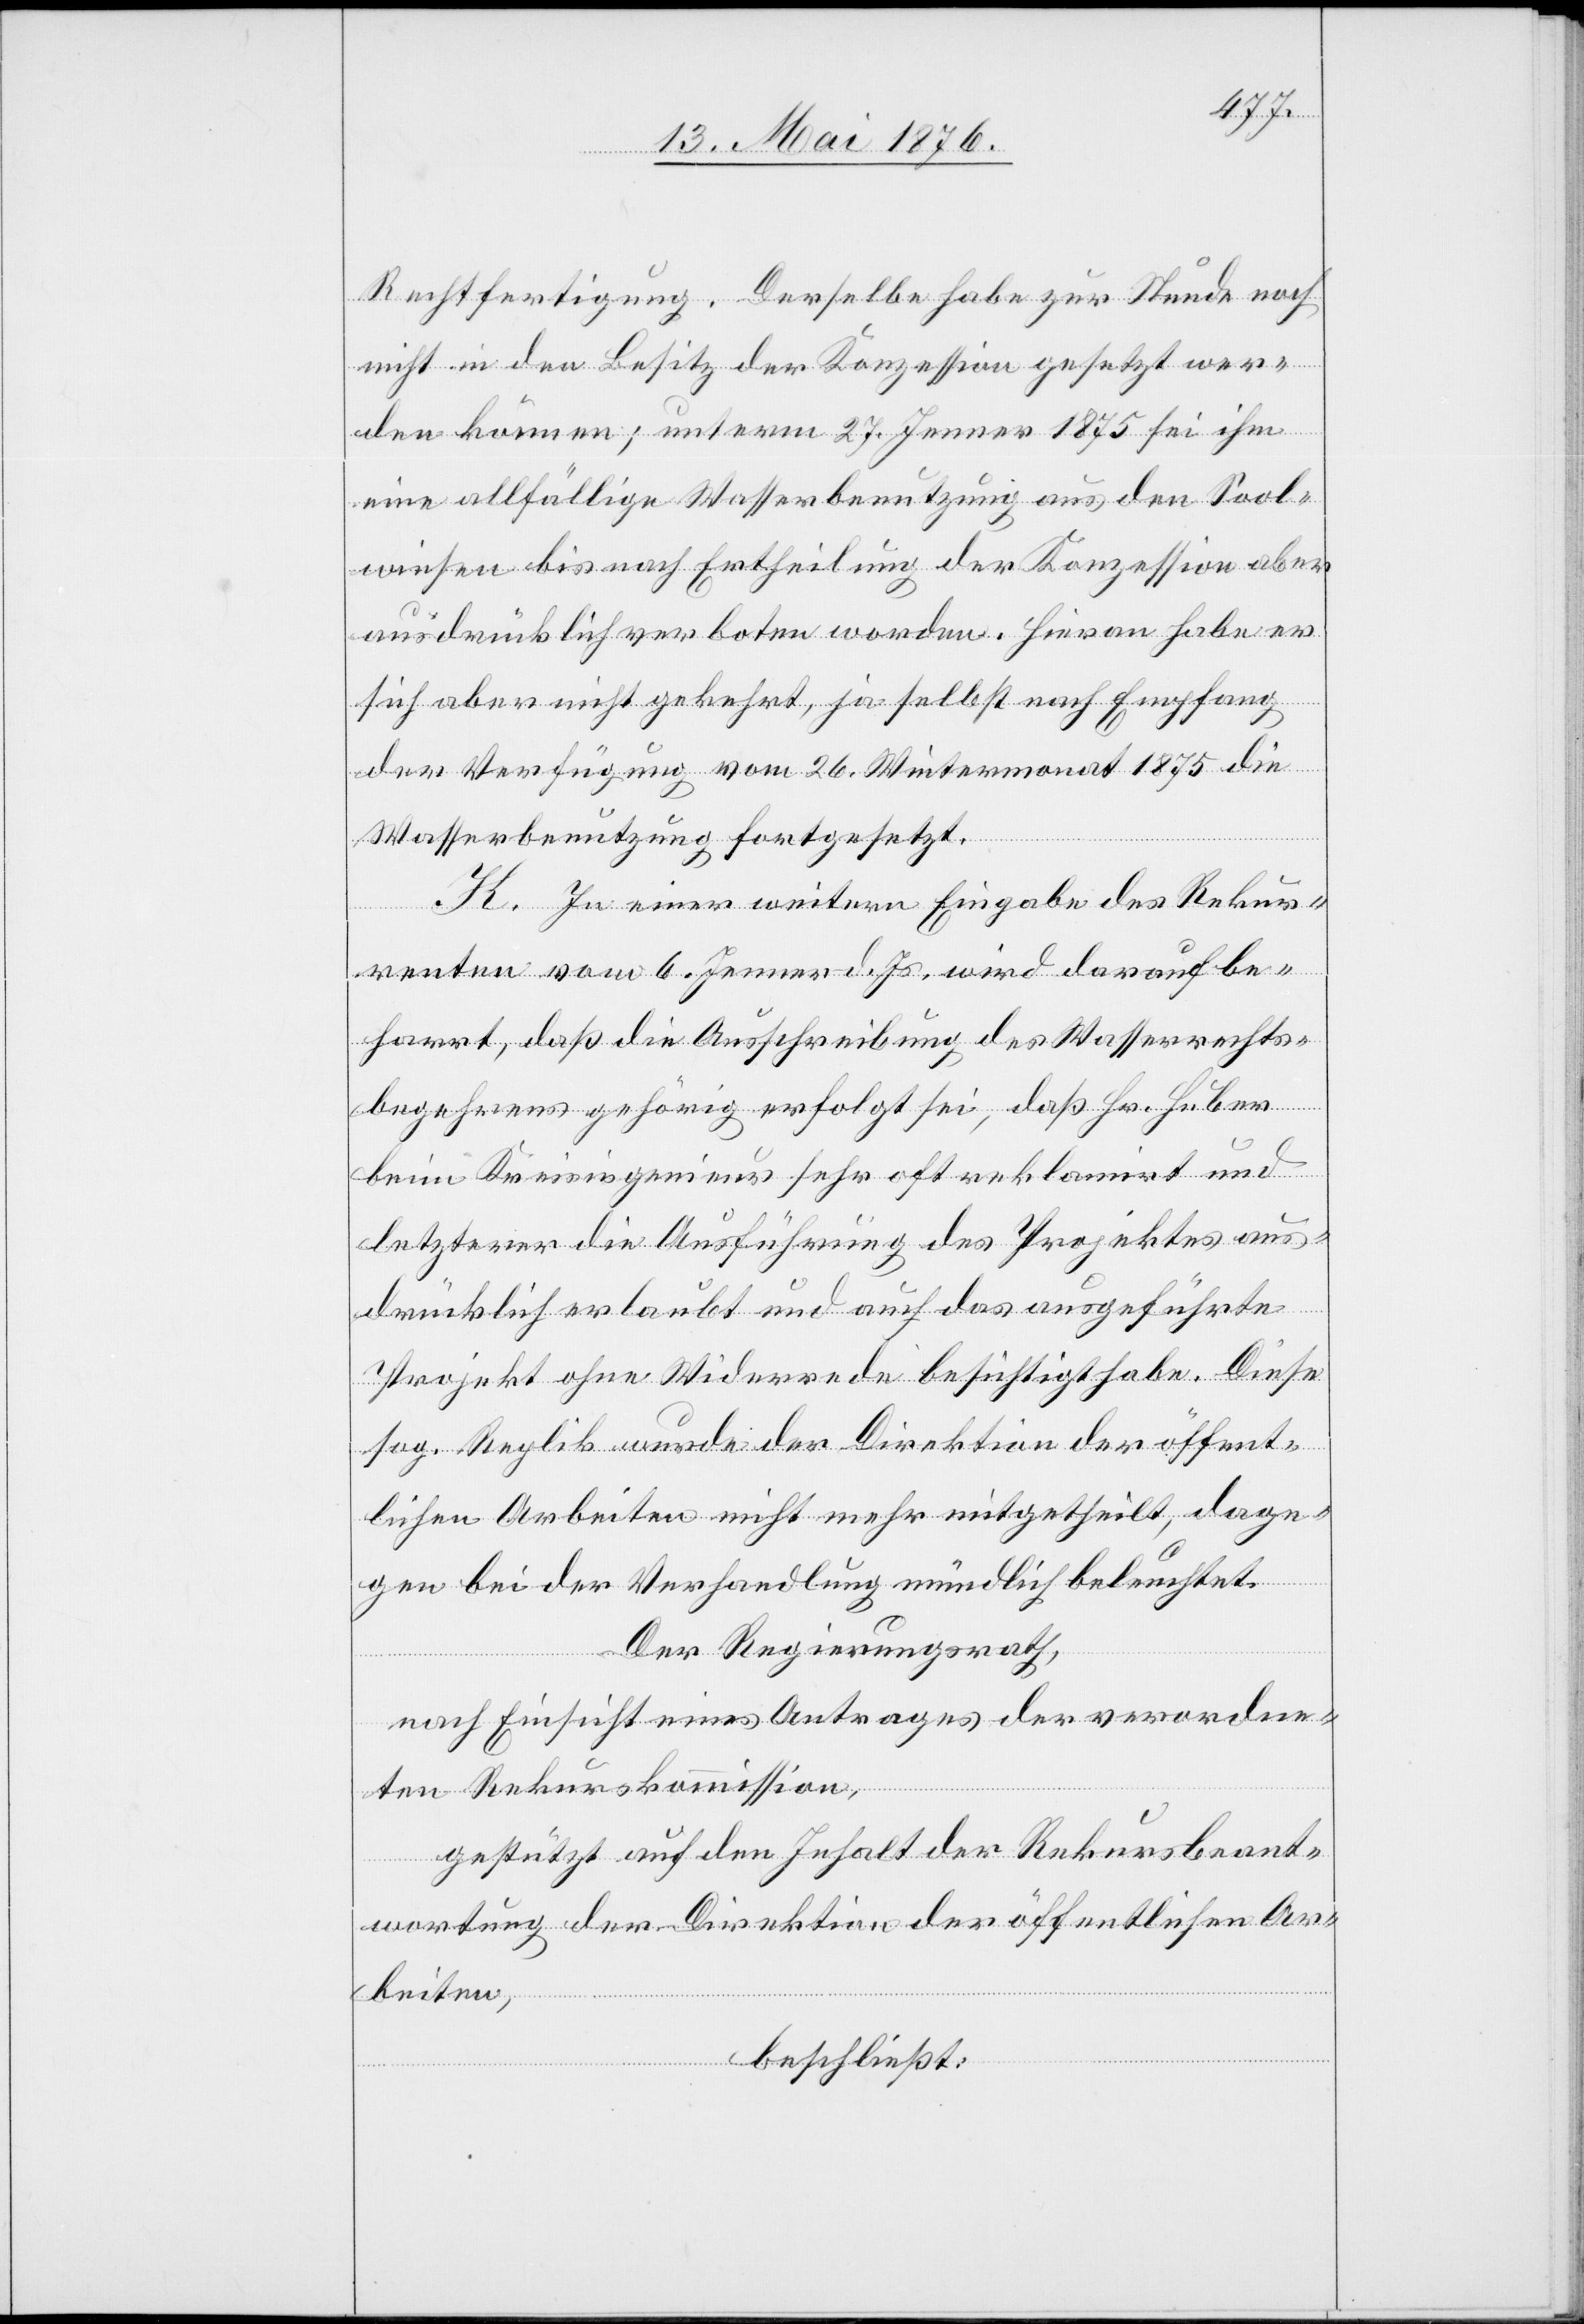
Rechtfertigung. Derselbe habe zur Stunde noch
nicht in den Besitz der Konzession gesetzt wer¬
den können; unterm 27. Jenner 1875 sei ihm
eine allfällige Wasserbenutzung aus den Sool¬
wiesen bis nach Ertheilung der Konzession aber
ausdrücklich verboten worden. Hieran habe er
sich aber nicht gekehrt, ja selbst nach Empfang
der Verfügung vom 26. Wintermonat 1875 die
Wasserbenutzung fortgesetzt.
K. In einer weitern Eingabe des Rekur¬
renten vom 6. Jenner d. Js. wird darauf be¬
harrt, daß die Ausschreibung des Wasserrechts¬
begehrens gehörig erfolgt sei, daß Hr. Huber
beim Kreisingenieur sehr oft reklamirt und
letzterer die Ausführung des Projektes aus¬
drücklich erlaubt und auch das ausgeführte
Projekt ohne Widerrede besichtigt habe. Diese
sog. Replik wurde der Direktion der öffent¬
lichen Arbeiten nicht mehr mitgetheilt, dage¬
gen bei der Verhandlung mündlich behauptet.
Der Regierungsrath,
nach Einsicht eines Antrages der verordnen¬
den Rekurskommission,
gestützt auf den Inhalt der Rekursbeant¬
wortung der Direktion der öffentlichen Ar¬
beiten,
beschließt: